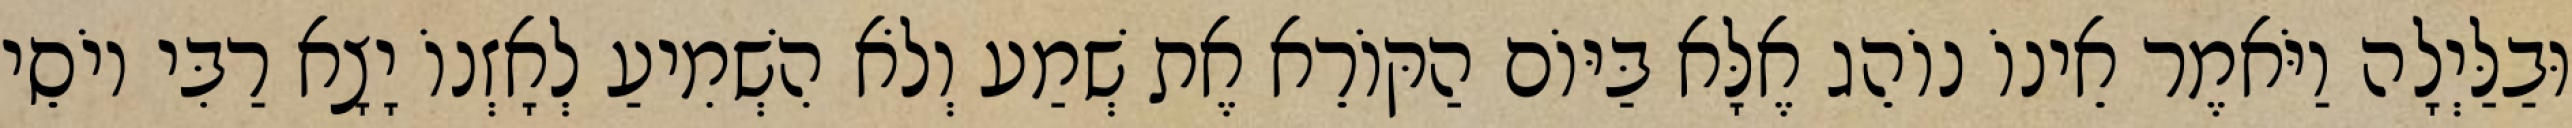
וּבַלַּיְלָה וַיֹּאמֶר אֵינוֹ נוֹהֵג אֶלָּא בַּיּוֹם הַקּוֹרֵא אֶת שְׁמַע וְלֹא הִשְׁמִיעַ לְאָזְנוֹ יָצָא רַבִּי יוֹסֵי